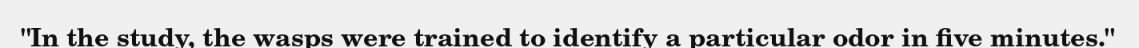
"In the study, the wasps were trained to identify a particular odor in five minutes."